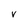
Character: V